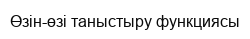
Өзін-өзі таныстыру функциясы